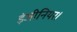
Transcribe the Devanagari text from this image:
इंजीनियर।